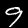
Label: 9